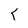
Character: T